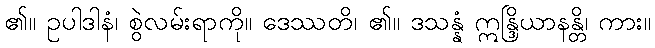
၏။ ဥပါဒါနံ၊ စွဲလမ်းရာကို။ ဒေဿတိ၊ ၏။ ဒသန္နံ ဣန္ဒြိယာနန္တိ၊ ကား။